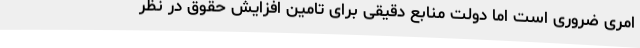
امری ضروری است اما دولت منابع دقیقی برای تامین افزایش حقوق در نظر